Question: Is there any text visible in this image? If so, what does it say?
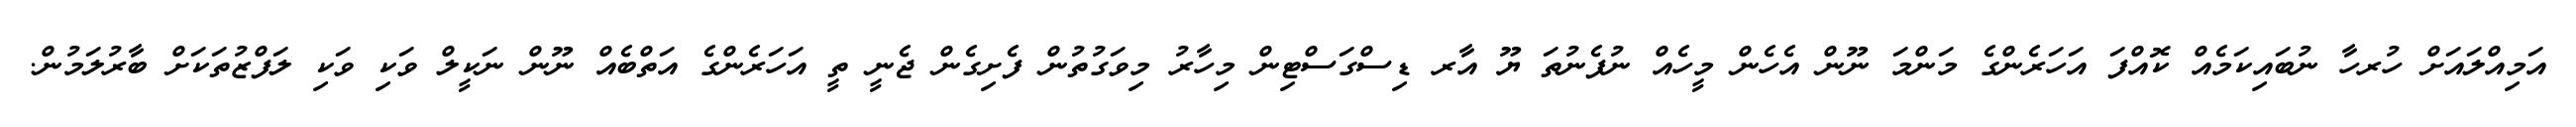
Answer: އަމިއްލައަށް ހުރހާ ނުބައިކަމެއް ކޮއްފަ އަހަރެންގެ މަންމަ ނޫން އެހެން މީހެއް ނުފެނުތަ ޔޫ އާރ ޑިސްގަސްޓިން މިހާރު މިވަގުތުން ފެށިގެން ޖެނީ ތީ އަހަރެންގެ އަތްބެއް ނޫން ނަކީލް ވަކި ވަކި ލަފްޒުތަކަށް ބާރުލަމުން.